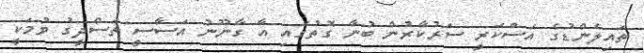
ތައިލެންޑުގެ އަސްކަރީ ސަރުކާރުން ބުނާ ގޮތުގައި އާ ގާނޫނު އަސާސީ ތަސްދީގު ވުމަކީ